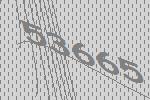
53665